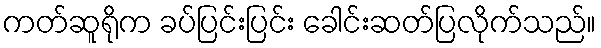
ကတ်ဆူရိုက ခပ်ပြင်းပြင်း ခေါင်းဆတ်ပြလိုက်သည်။